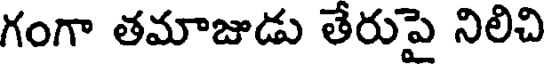
గంగా తమాజుడు తేరుపై నిలిచి